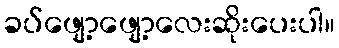
ခပ်ဖျော့ဖျော့လေးဆိုးပေးပါ။